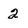
Character: 2